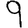
Digit: 9